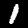
Label: 1